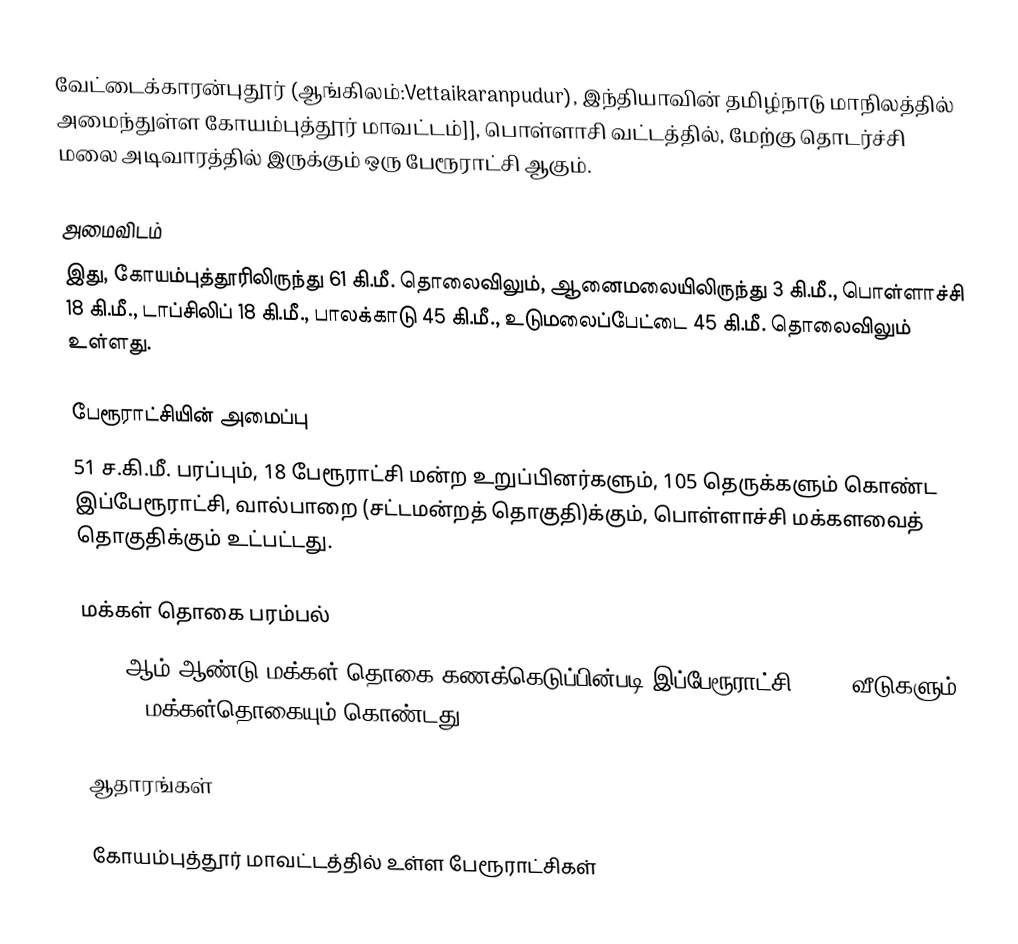
வேட்டைக்காரன்புதூர் (ஆங்கிலம்:Vettaikaranpudur), இந்தியாவின் தமிழ்நாடு மாநிலத்தில் அமைந்துள்ள கோயம்புத்தூர் மாவட்டம்]], பொள்ளாசி வட்டத்தில், மேற்கு தொடர்ச்சி மலை அடிவாரத்தில் இருக்கும் ஒரு பேரூராட்சி ஆகும்.

அமைவிடம்
இது, கோயம்புத்தூரிலிருந்து 61 கி.மீ. தொலைவிலும், ஆனைமலையிலிருந்து 3 கி.மீ., பொள்ளாச்சி 18 கி.மீ., டாப்சிலிப் 18 கி.மீ., பாலக்காடு 45 கி.மீ., உடுமலைப்பேட்டை 45 கி.மீ. தொலைவிலும் உள்ளது.

பேரூராட்சியின் அமைப்பு
51 ச.கி.மீ. பரப்பும், 18 பேரூராட்சி மன்ற உறுப்பினர்களும், 105 தெருக்களும் கொண்ட இப்பேரூராட்சி, வால்பாறை   (சட்டமன்றத் தொகுதி)க்கும், பொள்ளாச்சி மக்களவைத் தொகுதிக்கும் உட்பட்டது.

மக்கள் தொகை பரம்பல்
2011-ஆம் ஆண்டு மக்கள் தொகை கணக்கெடுப்பின்படி  இப்பேரூராட்சி   5,152    வீடுகளும், 17,392 மக்கள்தொகையும் கொண்டது.

ஆதாரங்கள்

கோயம்புத்தூர் மாவட்டத்தில் உள்ள பேரூராட்சிகள்